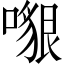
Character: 𠿵